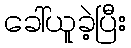
ခေါ်ယူခဲ့ပြီး